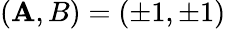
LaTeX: (\mathbf{A},B)=(\pm1,\pm1)